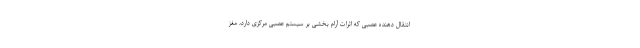
انتقال دهنده عصبی که اثرات آرام بخشی بر سیستم عصبی مرکزی دارد، مغز